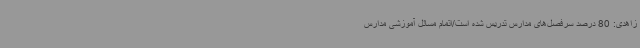
زاهدی: 80 درصد سرفصل‌های مدارس تدریس شده است/اتمام مسائل آموزشی مدارس